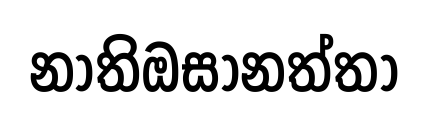
නාතිඔසානත්තා